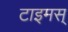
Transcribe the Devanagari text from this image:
टाइमस्